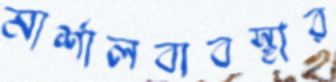
মার্শালব্যবস্থার